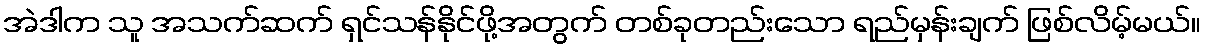
အဲဒါက သူ အသက်ဆက် ရှင်သန်နိုင်ဖို့အတွက် တစ်ခုတည်းသော ရည်မှန်းချက် ဖြစ်လိမ့်မယ်။